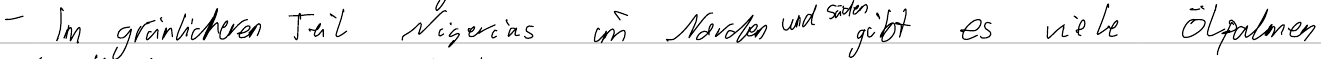
- Im grünlicheren Teil Nigerias im Norden und Süden gibt es viele Ölpalmen